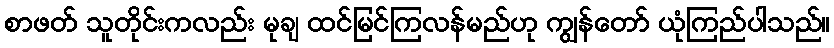
စာဖတ် သူတိုင်းကလည်း မုချ ထင်မြင်ကြလန်မည်ဟု ကျွန်တော် ယုံကြည်ပါသည်။